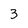
Character: 3